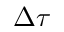
\Delta { \tau }